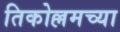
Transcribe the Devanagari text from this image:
तिकोल्लमच्या